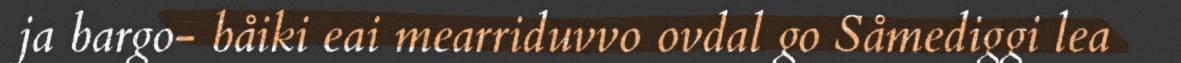
ja bargo- båiki eai mearriduvvo ovdal go Såmediggi lea